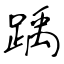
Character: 踽